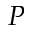
P